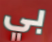
بي